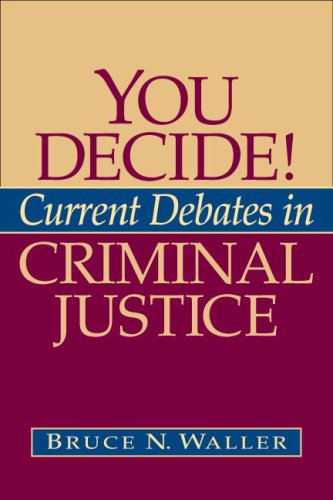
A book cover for You Decide! Current Debates in Criminal Justice; Bruce N. Waller; Law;